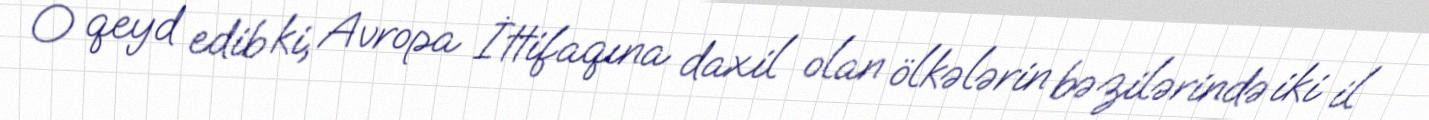
O qeyd edib ki, Avropa İttifaqına daxil olan ölkələrin bəzilərində iki il